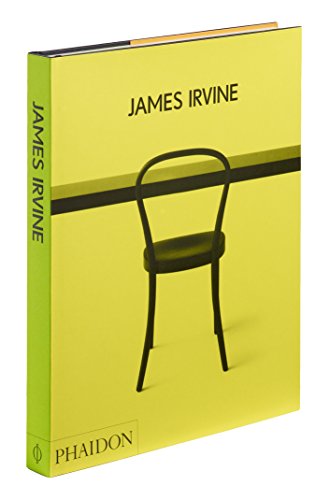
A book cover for James Irvine; Deyan Sudjic; Arts & Photography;